Civil Veterinary Dept. Bombay admin report 1907-1913 - 1907-1913
Year: 1907
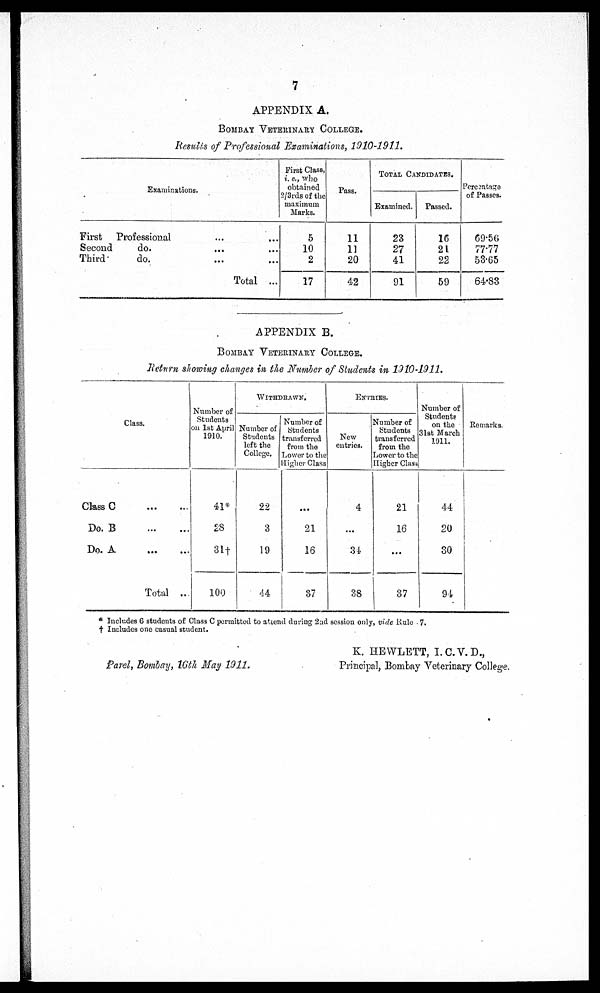
7
APPENDIX A.
BOMBAY VETERINARY COLLEGE.
Results of Professional Examinations, 1910-1911.
Examinations.
First
Professional ... ...
Second
do.
...
...
Third
do.
...
...
Total..
First Class,
i. e., who
obtained
2/3rds of the
maximum
Marks.
5
10
2
17
Pass.
11
11
20
42
TOTAL CANDIDATES.
Examined.
23
27
41
91
Passed.
16
21
22
59
Percentage
of Passes.
69.56
77.77
53.65
64.83
APPENDIX B.
BOMBAY VETERINARY COLLEGE.
Ruturn showing changes in the Number of Students in 1910-1911.
Class.
Class C ... ...
Do. B
...
...
Do. A
...
...
Total
Number of
Students
on 1st April
1910.
41*
28
31†
100
WITHDRAWN.
Number of
Students
left the
College.
22
3
19
44
Number of
Students
transferred
from the
Lower to the
Higher Class
...
21
16
37
ENTRIES.
New
entries.
4
...
34
38
Number of
Students
transferred
from the
Lower to the
Higher Class
21
16
...
37
Number of
Students
on the
31st March
1911.
44
20
30
94
Remarks.
* Includes 6 students of Class C permitted to attend during 2nd session only, vide Rule . 7.
† Includes one casual student.
Parel, Bombay, 16th May 1911.
K. HEWLETT, I.C.V.D.,
Principal, Bombay Veterinary College.